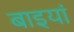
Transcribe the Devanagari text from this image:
बाइयां